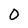
Character: 0